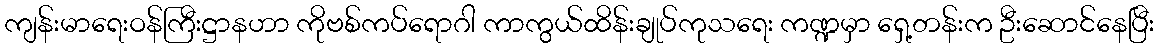
ကျန်းမာရေးဝန်ကြီးဋ္ဌာနဟာ ကိုဗစ်ကပ်ရောဂါ ကာကွယ်ထိန်းချုပ်ကုသရေး ကဏ္ဍမှာ ရှေ့တန်းက ဦးဆောင်နေပြီး